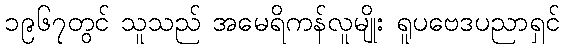
၁၉၆၇တွင် သူသည် အမေရိကန်လူမျိုး ရူပဗေဒပညာရှင်